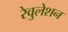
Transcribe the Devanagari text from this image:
रेवुलेशन